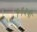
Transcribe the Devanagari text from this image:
११५वी